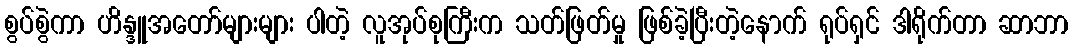
စွပ်စွဲကာ ဟိန္ဒူအတော်များများ ပါတဲ့ လူအုပ်စုကြီးက သတ်ဖြတ်မှု ဖြစ်ခဲ့ပြီးတဲ့နောက် ရုပ်ရှင် ဒါရိုက်တာ ဆာဘာ